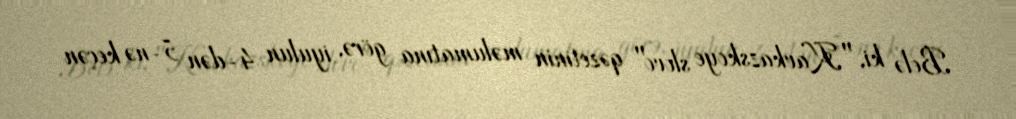
Belə ki, "Kavkazskoye slovo" qəzetinin məlumatına görə, iyulun 4-dən 5-nə keçən